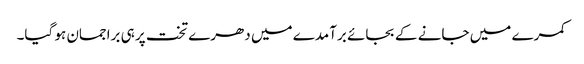
کمرے میں جانے کے بجائے برآمدے میں دھرے تخت پر ہی براجمان ہو گیا۔